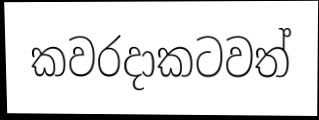
කවරදාකටවත්